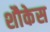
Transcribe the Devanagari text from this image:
शौकेस